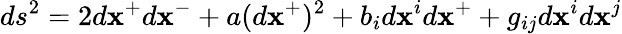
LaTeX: ds^{2}=2d\mathbf{x}^{+}d\mathbf{x}^{-}+a(d\mathbf{x}^{+})^{2}+b_{i}d\mathbf{x}^{i}d\mathbf{x}^{+}+g_{ij}d\mathbf{x}^{i}d\mathbf{x}^{j}